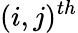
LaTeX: (i,j)^{th}